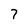
Character: 7